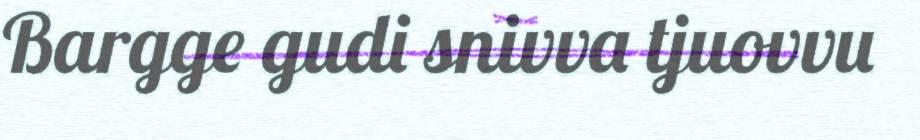
Bargge gudi snivva tjuovvu